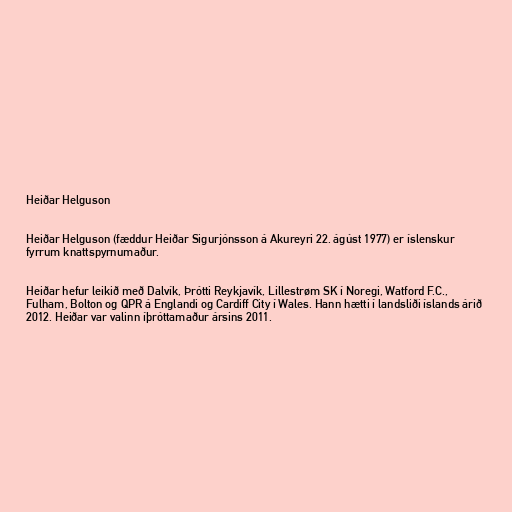
Heiðar Helguson

Heiðar Helguson (fæddur Heiðar Sigurjónsson á Akureyri 22. ágúst 1977) er íslenskur
fyrrum knattspyrnumaður.

Heiðar hefur leikið með Dalvík, Þrótti Reykjavík, Lillestrøm SK í Noregi, Watford F.C.,
Fulham, Bolton og QPR á Englandi og Cardiff City í Wales. Hann hætti í landsliði íslands árið
2012. Heiðar var valinn íþróttamaður ársins 2011.